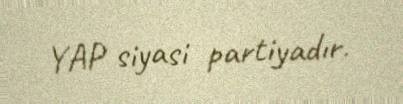
YAP siyasi partiyadır.